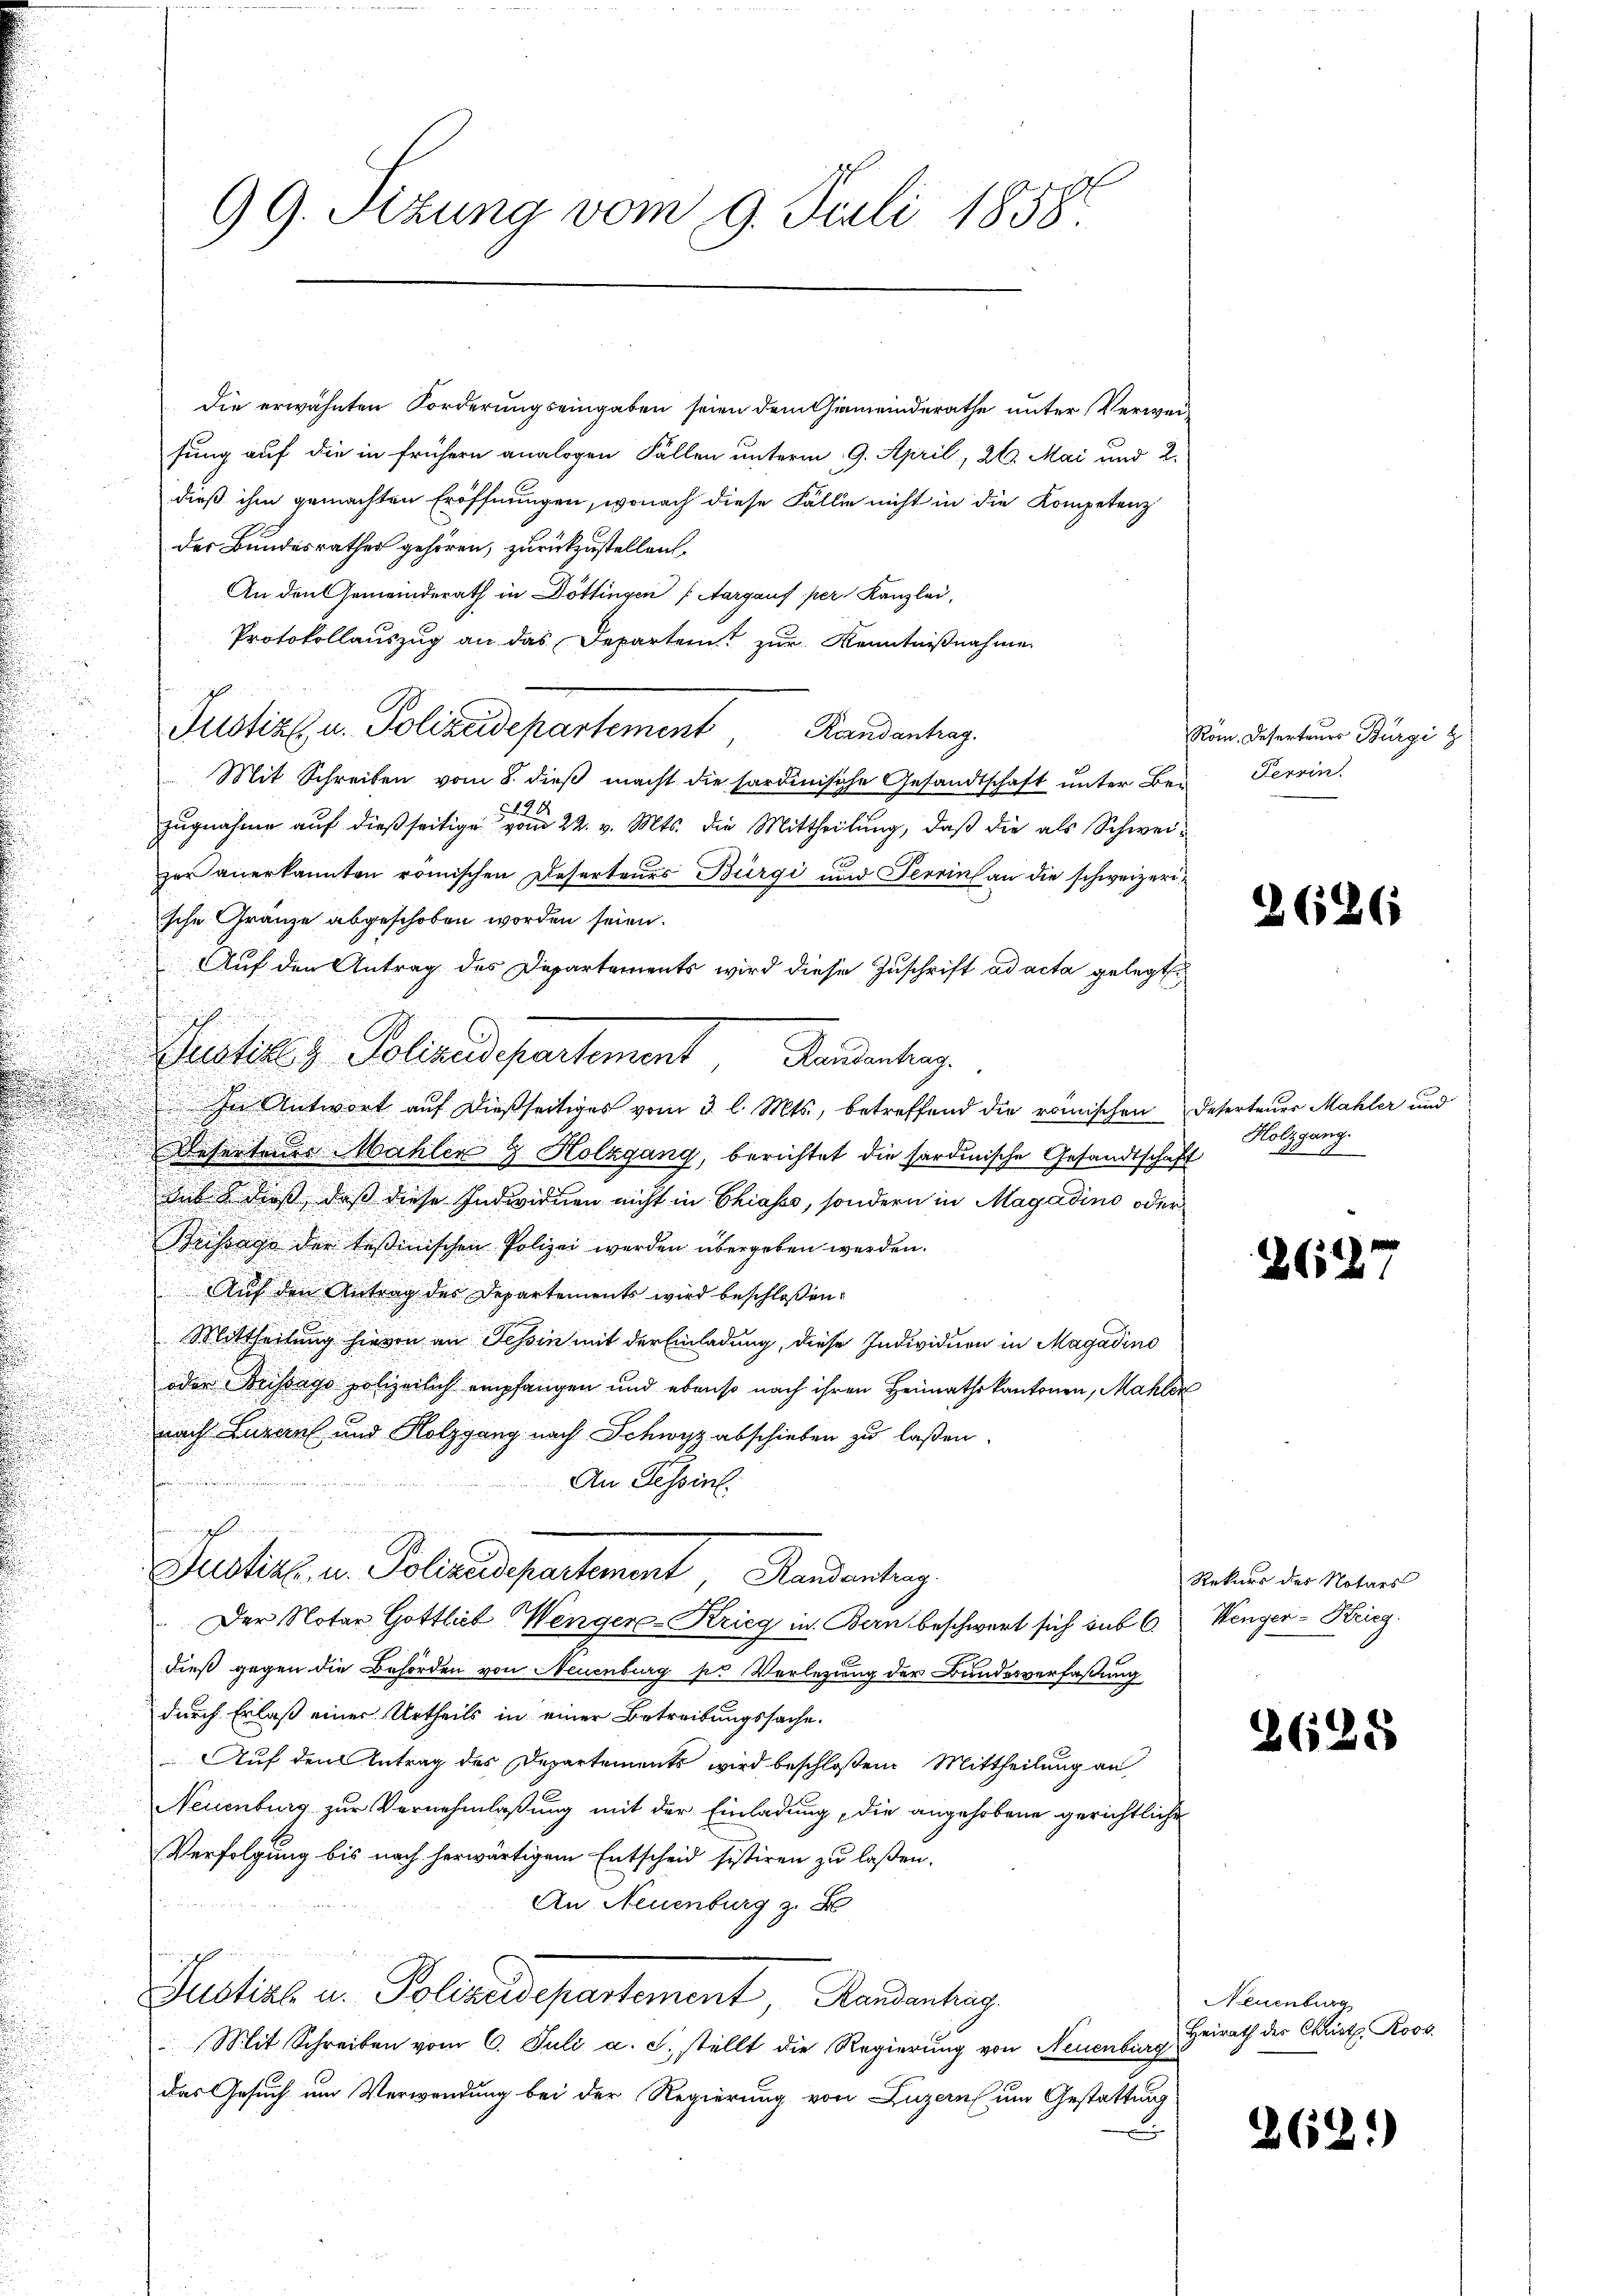
n

.

d

die erwähnten Forderungseingaben seien dem Gemeinderathe unter Verweisung auf die in frühern analogen Fällen unterm 9. April, 26. Mai und 2.
dieß ihm gemachten Eröffnungen, wonach diese Fällen nicht in die Kompetenz
der Bundesrathes gehören, zurückzustellen.
An den Gemeinderath in Döttingen (Aargauf per Kanzlei,
Protokollauszug an das Departem zur Kenntnißnahme
Justiz, u. Polizeidepartement, Randantrag.
Mit Schreiben vom 8. dieβ macht die sardinische Gesandtschaft unter Bei
zugnahme auf dießseitigen 22. v. Mts. die Mittheilung, daß die als Schweizer anerkannten römischen Deserteurs Bürgi und Terrin an die schweizerische Gränze abgeschoben worden seien.
Auf den Antrag des Departements wird diese Zuschrift ad acta gelegt
u
In Antwort auf dießseitiges vom 3. l. Mts., betreffend die römischen Deserteuer Mahler und
d

esertaus Mühler & Holzgang, berichtet die sardinische Gesandtschaft
muss dieß, daß diese Individuen nicht in Chiasso, sondern in Magadino oder
Besorge der tessinischen Polizei werden übergeben werden.
Auf den Antrag des Departements wird beschlossen:
u
Mittheilung hievon an Tessin mit der Einladung, diese Individuen in Magadino
oder Brissago polizeilich empfangen und ebenso nach ihren Heimathskantonen, Mahlen
nach Lugans und Holzgang nach Schwyz abschieben zu laßen.
An Tessin.
f
Justiz u. Policus partement Handenteng
Der Notar Gottlieb Wenger-Krieg in Bern beschwert sich sub 6. Wenger-Krieg.
dieß gegen die Behörden von Neuenburg pr Verlegung der Bundesverfaßung
durch Erlaß einer Urtheils in einer Betreibungssache.
Auf den Antrag des Departements wird beschloßene Mittheilung an
Neuenburg zur Vernehmlassung mit der Einladung, die angehobene gerichtliche
Verfolgung bis nach herwärtigem Entscheid sistiren zu laßen.
An Neuenburg z.
Justins in Polizeidepartement, Randenburg
Mit Schreiben vom 6. Juli a.c. stellt die Regierung von Neuenburg
Das Gesuch um Verwendung bei der Regierung von Luzern um Gestattung

99. Sizung vom 9. Juli 1858.

Putiles Polizeidepartement Bauerteng

Rom. Deserteurs Bürgi z
Terrin

2626

Holzgang.
 7

26127

Rekurs des Notars

2628

Neuenburg
Heirath der Christ. Roos

2621)